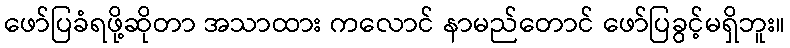
ဖော်ပြခံရဖို့ဆိုတာ အသာထား ကလောင် နာမည်တောင် ဖော်ပြခွင့်မရှိဘူး။